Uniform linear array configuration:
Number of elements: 64
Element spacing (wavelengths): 0.5
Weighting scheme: kaiser
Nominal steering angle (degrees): -60
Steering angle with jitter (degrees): -61.925
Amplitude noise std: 0.05
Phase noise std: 0.05

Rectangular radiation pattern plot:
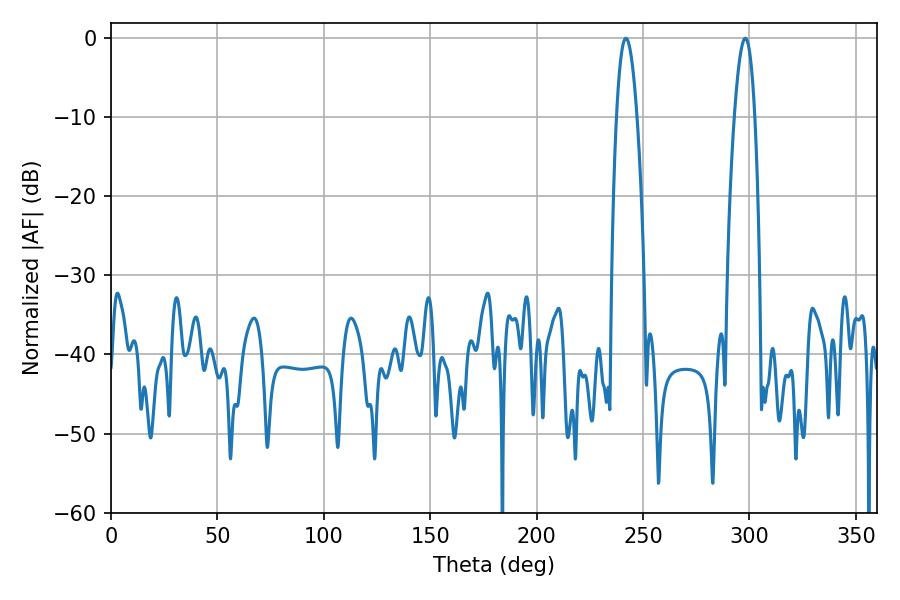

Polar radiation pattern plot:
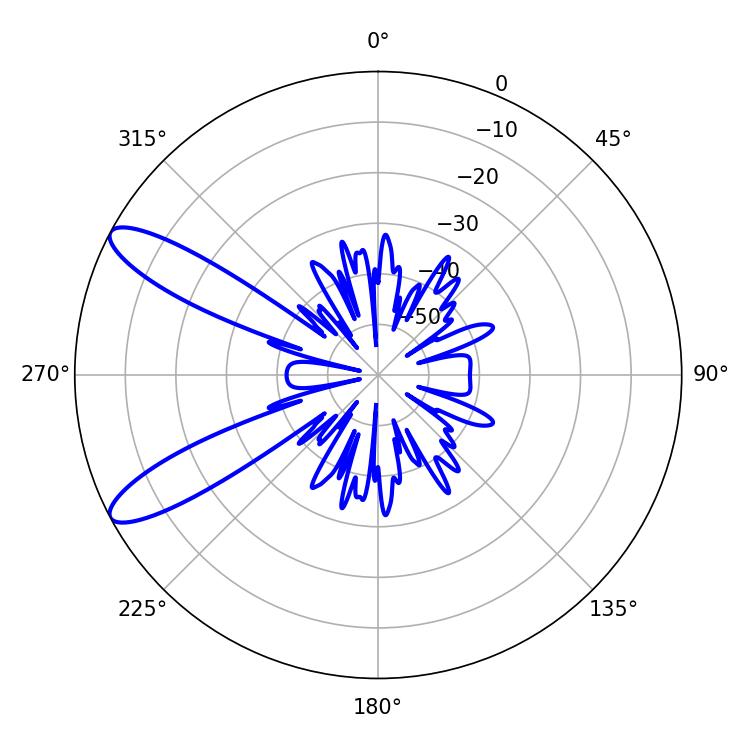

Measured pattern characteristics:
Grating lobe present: FALSE
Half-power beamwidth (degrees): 5.22
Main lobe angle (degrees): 241.92